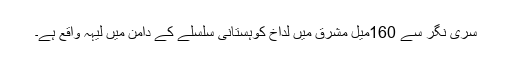
سری نگر سے 160میل مشرق میں لداخ کوہستانی سلسلے کے دامن میں لیہہ واقع ہے۔